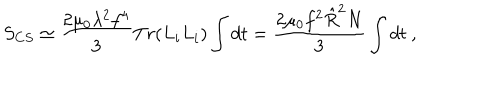
S _ { C S } \simeq \frac { 2 \mu _ { 0 } \lambda ^ { 2 } f ^ { 4 } } { 3 } T r ( L _ { i } L _ { i } ) \int d t = \frac { 2 \mu _ { 0 } f ^ { 2 } \hat { R } ^ { 2 } N } { 3 } \int d t \ ,